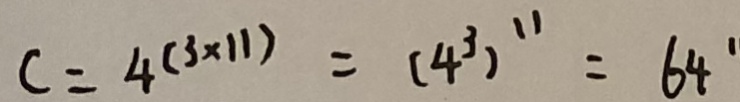
c = 4 ^ { ( 3 \times 1 1 ) } = ( 4 ^ { 3 } ) ^ { 1 1 } = 6 4 ^ { \prime }